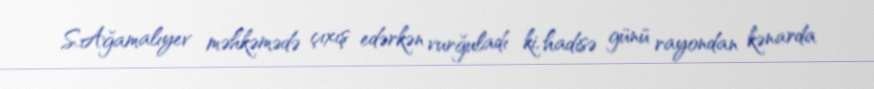
S.Ağamalıyev məhkəmədə çıxış edərkən vurğuladı ki, hadisə günü rayondan kənarda